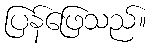
ပြန်ဖြေသည်။